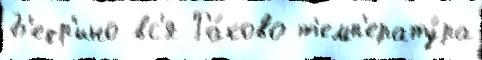
Б'едр'ино вс'я Ра́ково т'емп'ерату́ра